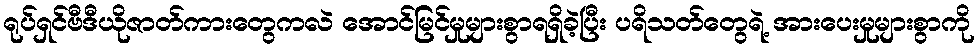
ရုပ်ရှင်ဗီဒီယိုဇာတ်ကားတွေကလဲ အောင်မြင်မှုများစွာရရှိခဲ့ပြီး ပရိသတ်တွေရဲ့ အားပေးမှုများစွာကို